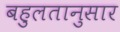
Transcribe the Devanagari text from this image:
बहुलतानुसार